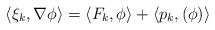
\begin{align*}\langle \xi_k, \nabla \phi \rangle = \langle F_k, \phi \rangle+\langle p_k,( \phi) \rangle\end{align*}